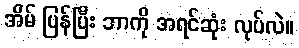
အိမ် ပြန်ပြီး ဘာကို အရင်ဆုံး လုပ်လဲ။